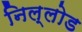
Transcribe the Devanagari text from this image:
निल्लोड